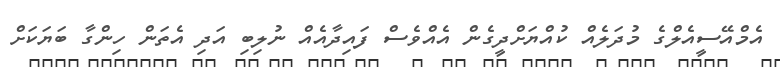
އެމްއޭސީއެލްގެ މުދަލެއް ކުއްޔަށްދީގެން އެއްވެސް ފައިދާއެއް ނުލިބި އަދި އެތަން ހިންގާ ބަޔަކަށް